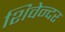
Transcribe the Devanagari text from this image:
शिवेन्दर